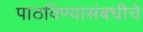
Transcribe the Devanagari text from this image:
पाठविण्यासंबधीचे